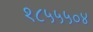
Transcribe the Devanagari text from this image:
१८५५५०४